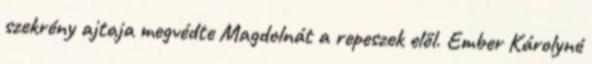
szekrény ajtaja megvédte Magdolnát a repeszek elől. Ember Károlyné